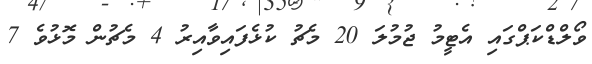
ވޯލްޑްކަޕްގައި އެޓީމު ޖުމުލަ 20 މެޗު ކުޅެފައިވާއިރު 4 މެޗުން މޮޅުވެ 7